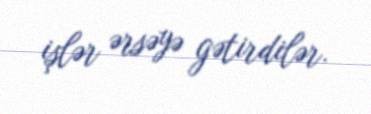
işlər ərsəyə gətirdilər.